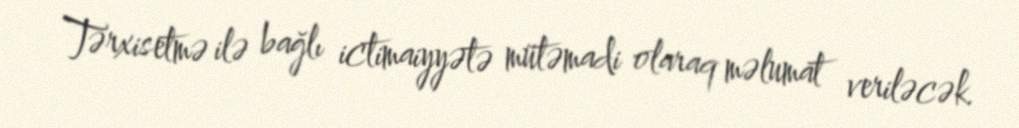
Tərxisetmə ilə bağlı ictimaiyyətə mütəmadi olaraq məlumat veriləcək.